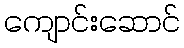
ကျောင်းဆောင်